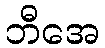
ဘီအေ